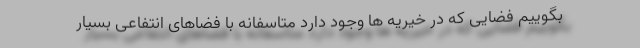
بگوییم فضایی که در خیریه ها وجود دارد متاسفانه با فضاهای انتفاعی بسیار